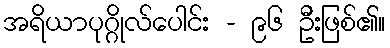
အရိယာပုဂ္ဂိုလ်ပေါင်း - ၉၆ ဦးဖြစ်၏။